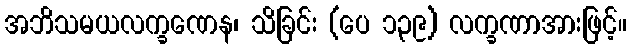
အဘိသမယလက္ခဏေန၊ သိခြင်း (ပေ ၁၃၉) လက္ခဏာအားဖြင့်။